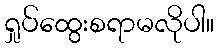
ရှုပ်ထွေးစရာမလိုပါ။